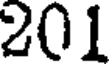
201